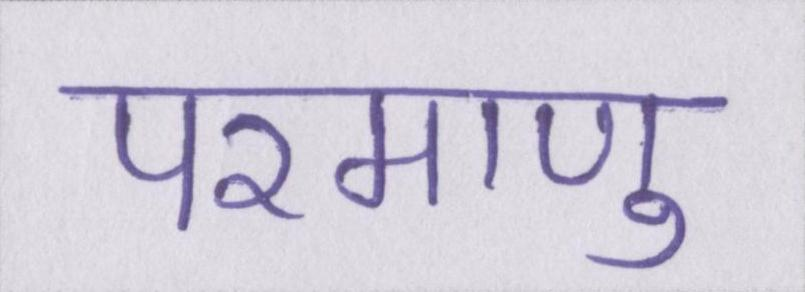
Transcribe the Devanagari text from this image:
परमाणु